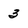
Character: 3